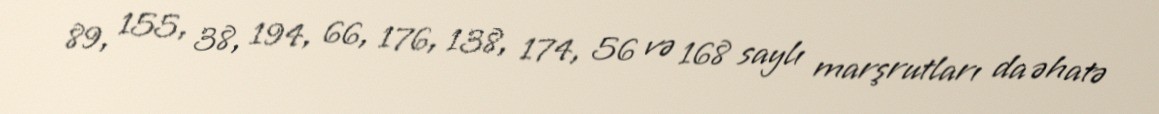
89, 155, 38, 194, 66, 176, 138, 174, 56 və 168 saylı marşrutları da əhatə